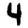
Digit: 4